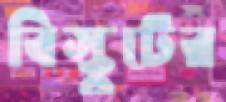
বিস্কুটের